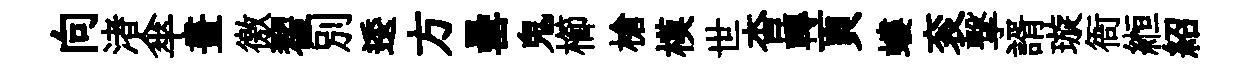
向渚傘畫徼翟別逶方罍鬼櫛槍模世杳轉頁螻衮撃諝璇衙縆紹